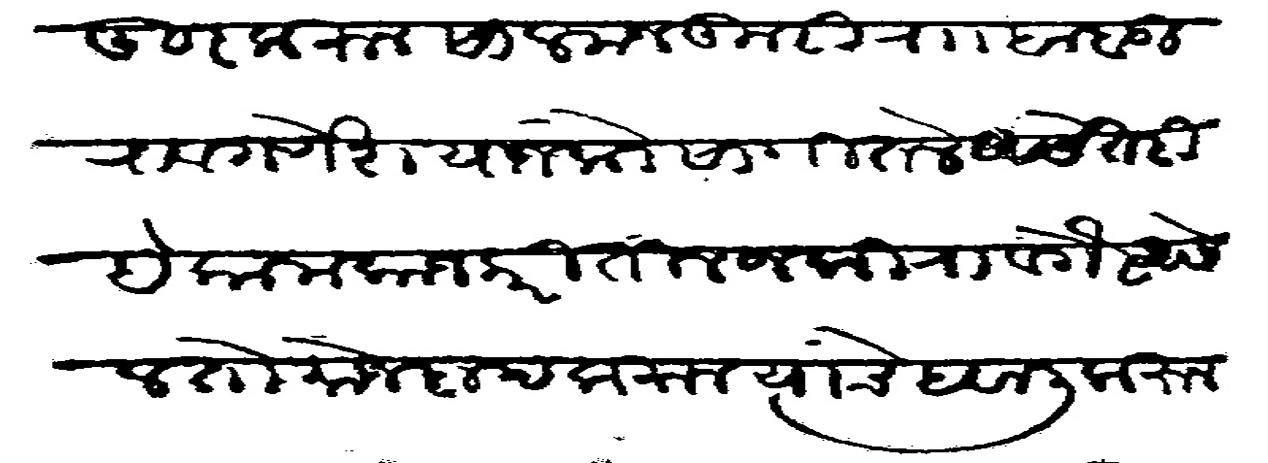
Transliteration (Devanagari): दूर करून साल मजकुरी राा बाबूराव गणेश याजकडे सांगितले असे तरी हे काम काज करीतील जकिरा वगैरे असेल तो मोजदाद करून यांचे हवाली करून